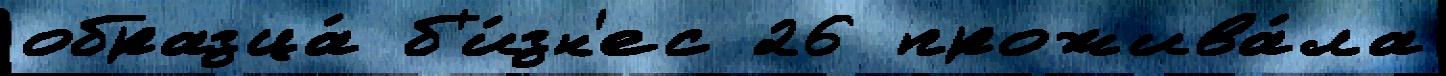
образца́ б'и́зн'ес 26 прожива́ла